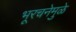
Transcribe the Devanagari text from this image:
भूरचनेमुळे